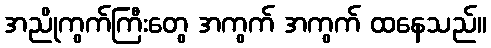
အညိုကွက်ကြီးတွေ အကွက် အကွက် ထနေသည်။